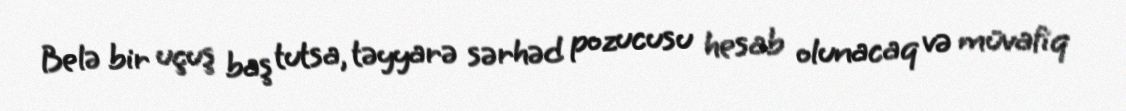
Belə bir uçuş baş tutsa, təyyarə sərhəd pozucusu hesab olunacaq və müvafiq